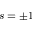
s = \pm 1